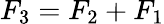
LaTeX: F_{3}=F_{2}+F_{1}